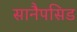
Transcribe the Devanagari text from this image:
सानैपसिड